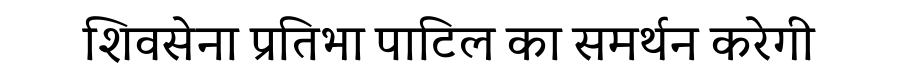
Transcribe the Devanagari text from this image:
शिवसेना प्रतिभा पाटिल का समर्थन करेगी